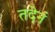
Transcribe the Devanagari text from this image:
तदेनं